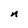
Character: n